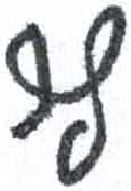
אות: ץ